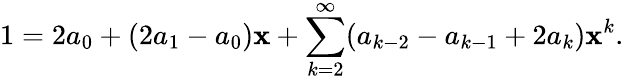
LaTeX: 1=2a_{0}+(2a_{1}-a_{0})\mathbf{x}+\sum_{k=2}^{\infty}(a_{k-2}-a_{k-1}+2a_{k})\mathbf{x}^{k}.